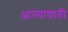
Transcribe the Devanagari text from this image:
आत्माघाती